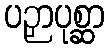
ပဉှာပုစ္ဆာ